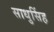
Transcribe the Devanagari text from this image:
साधुसिंह